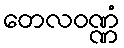
တေလဝဏ္ဏံ